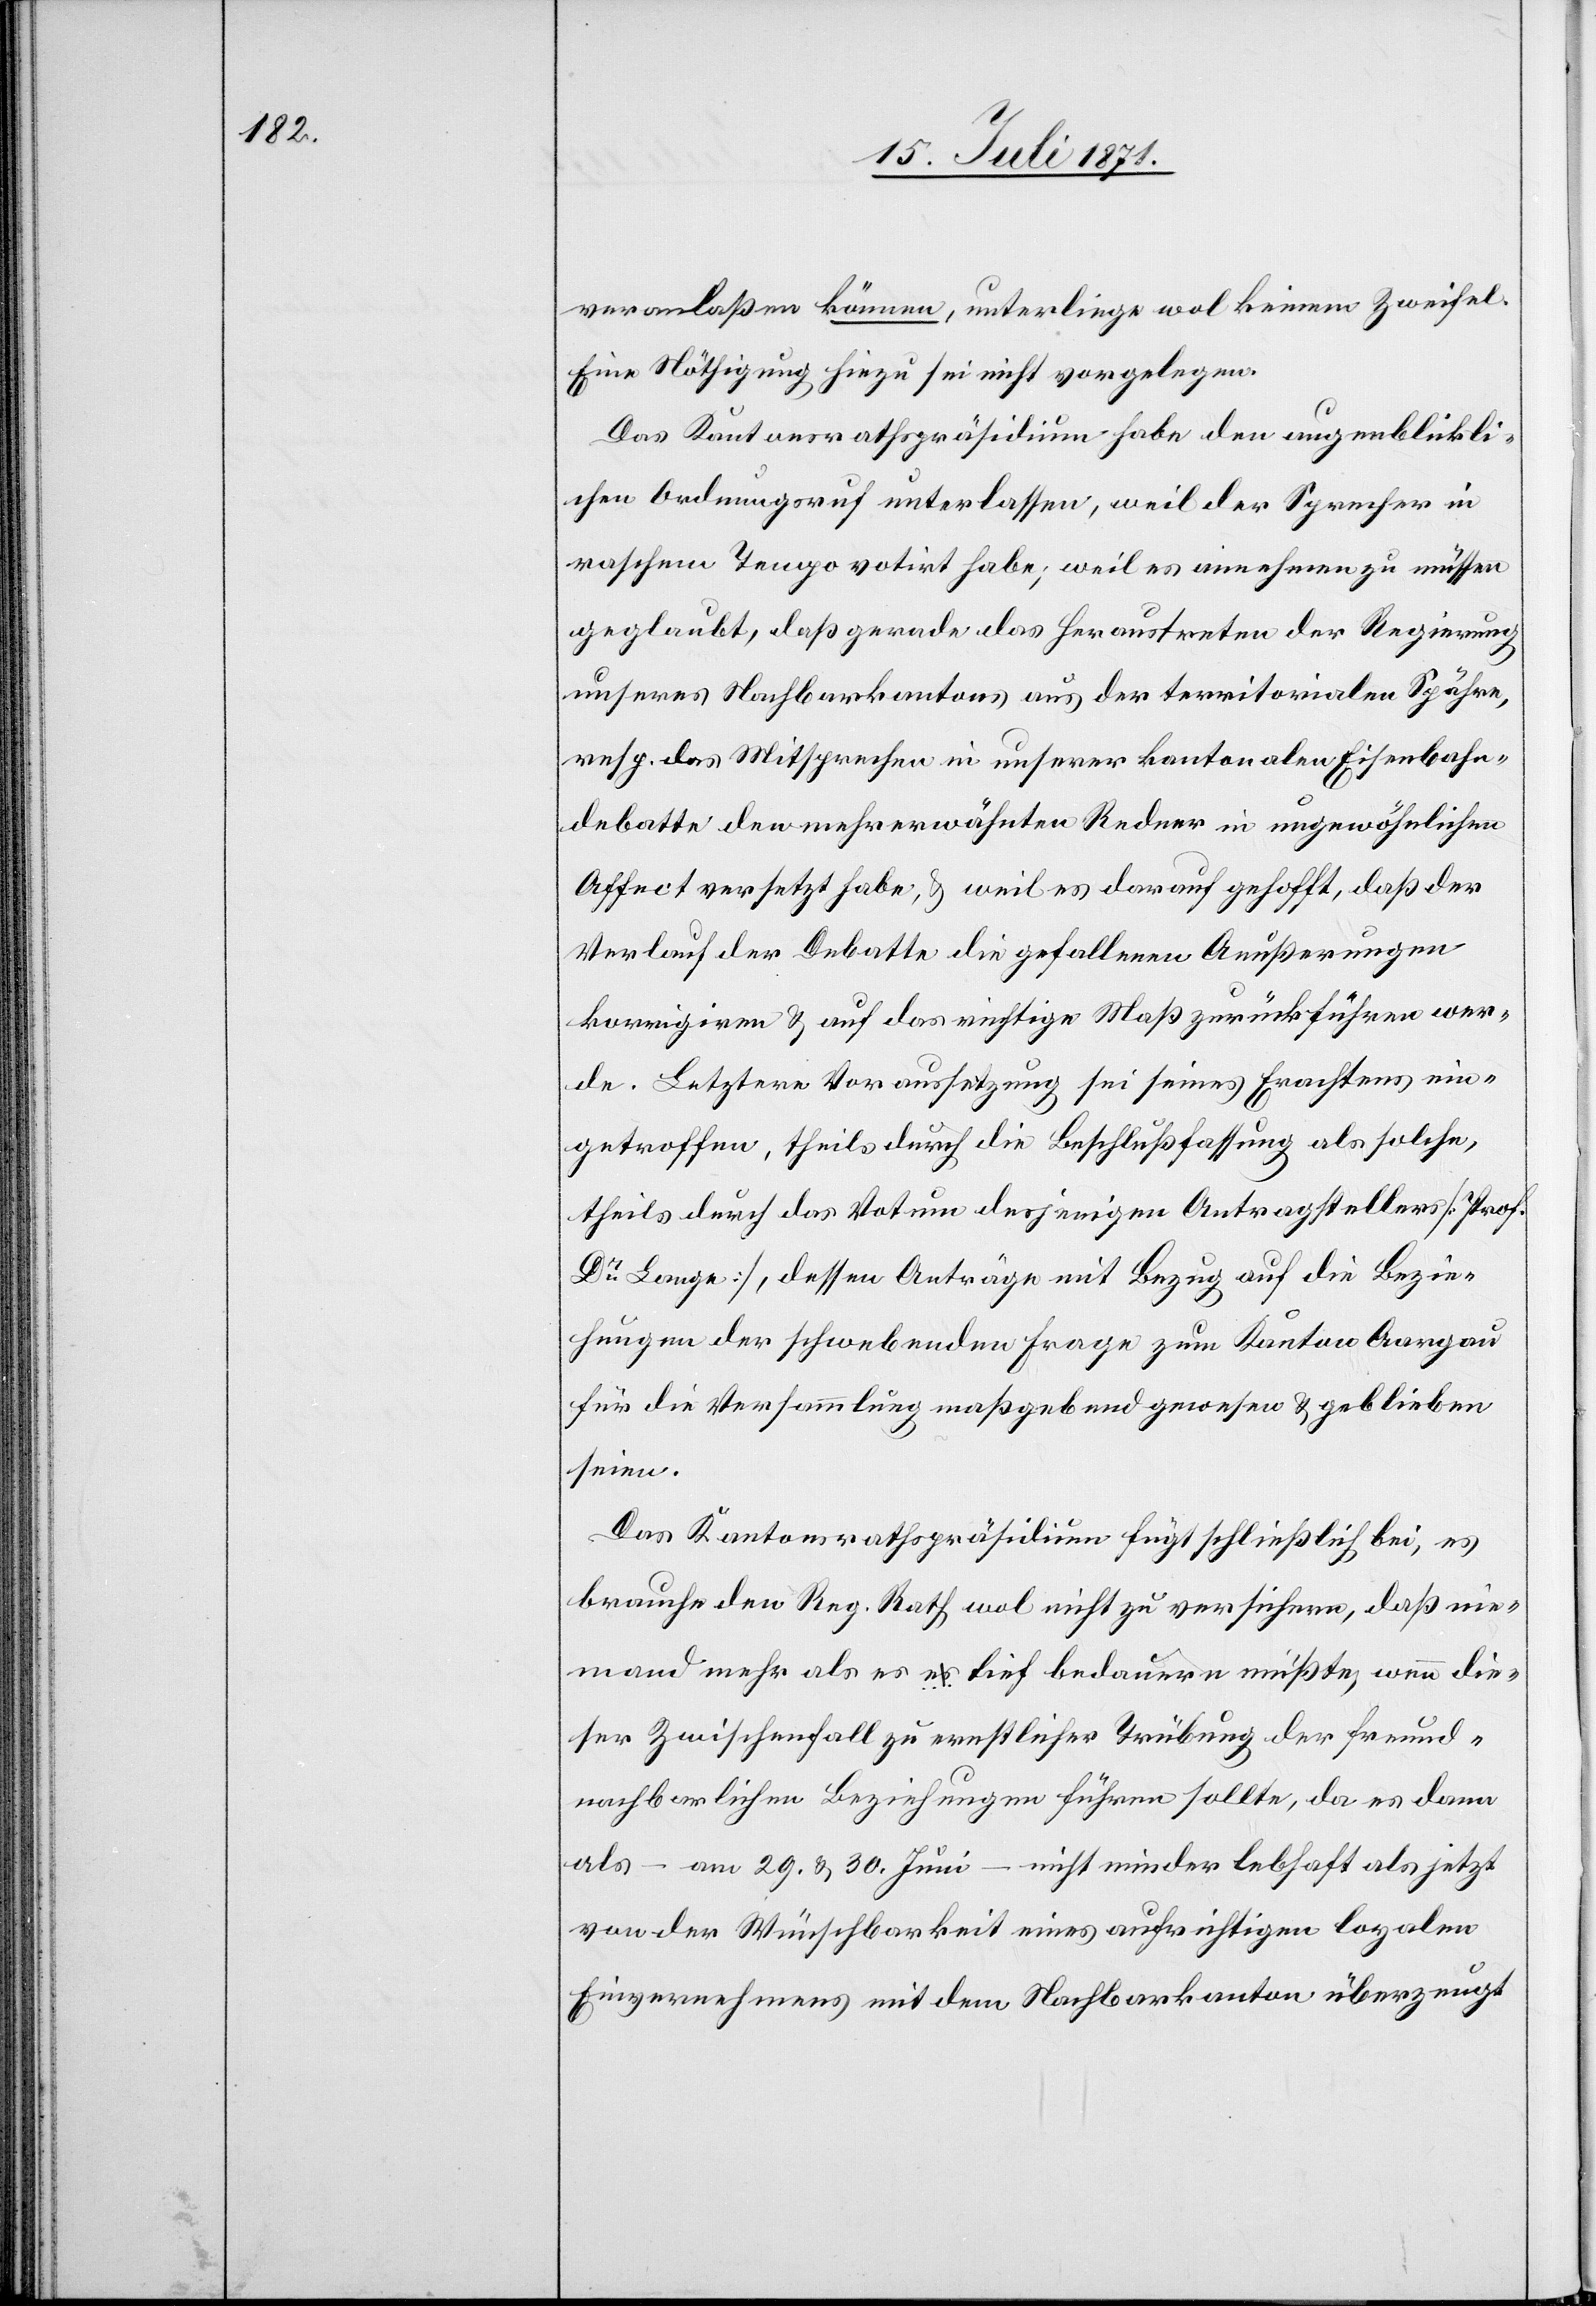
veranlaßen können, unterliege wol keinem Zweifel.
Eine Nöthigung hiezu sei nicht vorgelegen.
Das Kantonsrathspräsidium habe den augenblickli¬
chen Ordnungsruf unterlassen, weil der Sprecher in
raschem Tempo votirt habe; weil es annehmen zu müssen
geglaubt, daß gerade das Heraustreten der Regierung
unseres Nachbarkantons aus der territorialen Spähre,
resp. das Mitsprechen in unserer kantonalen Eisenbahn¬
debatte den mehrerwähnten Redner in ungewöhnlichen
Affect versetzt habe, u. weil es darauf gehofft, daß der
Verlauf der Debatte die gefallenen Aeußerungen
korrigiren u. auf das richtige Maß zurückführen wer¬
de. Letztere Voraussetzung sei seines Erachtens ein¬
getroffen, theils durch die Beschlußfassung als solche,
theils durch das Votum desjenigen Antragstellers [Prof.
Dr. Lange], dessen Anträge mit Bezug auf die Bezie¬
hungen der schwebenden Frage zum Kanton Aargau
für die Versammlung maßgebend gewesen u. geblieben
seien.
Das Kantonsrathspräsidium fügt schließlich bei, es
brauche den Reg. Rath wol nicht zu versichern, daß nie¬
mand mehr als es tief bedauern müßte, wenn die¬
ser Zwischenfall zu ernstlicher Trübung der freund¬
nachbarlichen Beziehungen führen sollte, da es dann
als – am 29. u. 30. Juni – nicht minder lebhaft als jetzt
von der Wünschbarkeit eines aufrichtigen loyalen
Einvernehmens mit dem Nachbarkanton überzeugt